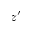
z ^ { \prime }